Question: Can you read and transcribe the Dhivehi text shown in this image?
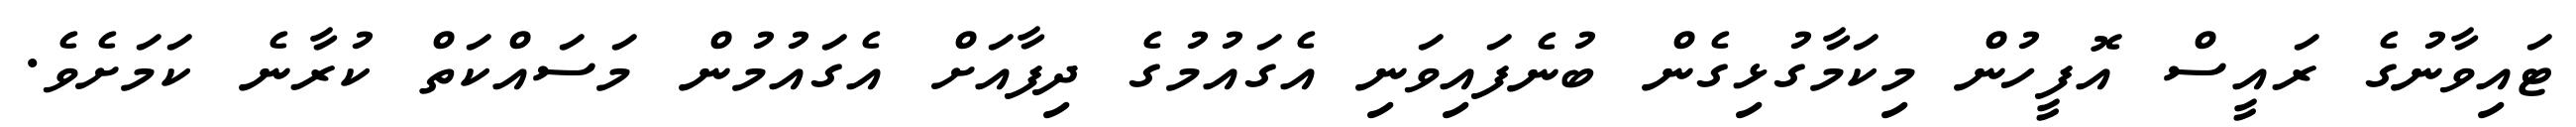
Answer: ޓައިވާނުގެ ރައީސް އޮފީހުން މިކަމާގުޅިގެން ބުނެފައިވަނި އެގައުމުގެ ދިފާއަށް އެގައުމުން މަސައްކަތް ކުރާނެ ކަމަށެވެ.